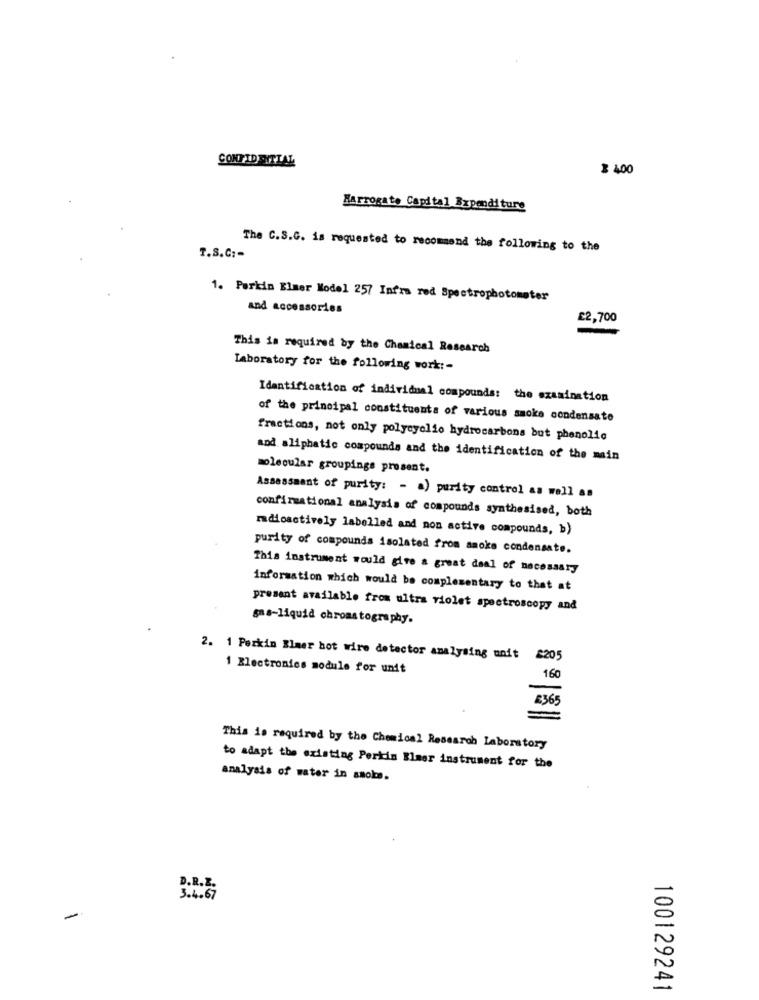
CONFIDENTIAL
$ 400
Harrogate Capital Expenditure
The C.S.G. is requested to recommend the following to the
T.S.C :-
1. Parkin Elmer Model 257 Infra red Spectrophotometer
and accessories
£2,700
This is required by the Chemical Research
Laboratory for the following work :-
Identification of individual compounds: the examination
of the principal constituents of various smoke condensato
fractions, not only polyeyelio hydrocarbons but phenolic
and aliphatic compounds and the identification of the main
molecular groupings prosent.
Assessment of purity: - a) purity control as well as
confirmational analysis of compounds synthesised, both
radioactively labelled and non active compounds, b)
purity of compounds isolated from smoke condensate.
This instrument would give a great deal of necessary
information which would be complementary to that at
present available from ultra violet spectroscopy and
sas-liquid chromatography.
2. 1 Perkin Blaer hot wire detector analysing unit £205
1 Electronics module for unit
160
£365
This is required by the Chemical Research Laboratory
to adapt the existing Perkin Blaer instrument for the
analysis of water in smoke.
D.R.E.
3.4.67
-
100129241